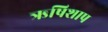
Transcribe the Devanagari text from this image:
ऋषिशाप